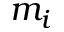
m _ { i }